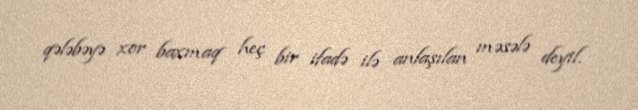
qələbəyə xor baxmaq heç bir ifadə ilə anlaşılan məsələ deyil.